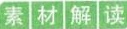
素材解读